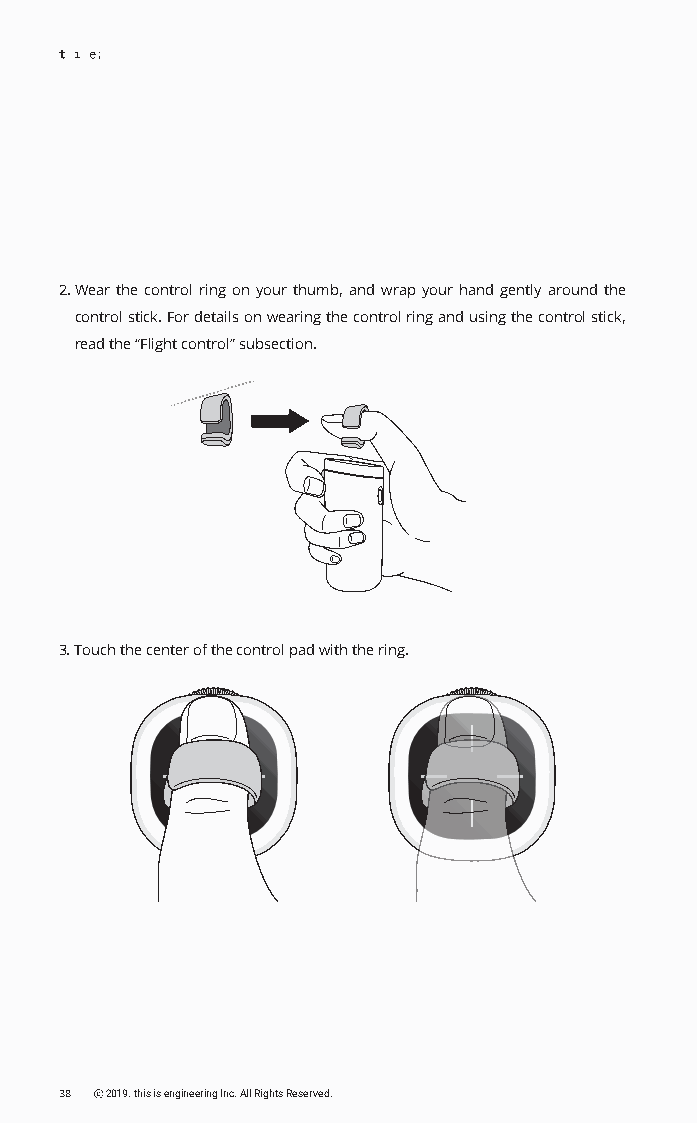
2~3
 m
 2~3m
 2. Wear the control ring on your thumb, and wrap your hand gently around the
 control stick. For details on wearing the control ring and using the control stick,
 read the “Flight control” subsection.
 3. Touch the center of the control pad with the ring.
 38 ⓒ 2019. this is engineering Inc. All Rights Reserved.